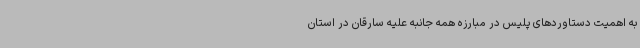
به اهمیت دستاوردهای پلیس در مبارزه همه جانبه علیه سارقان در استان